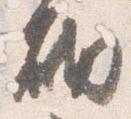
砌